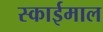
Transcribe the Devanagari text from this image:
स्काईमाल